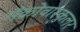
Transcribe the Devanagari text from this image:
मॅक्रोवास्कुलर